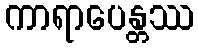
ကာရာပေန္တဿ